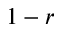
1 - r